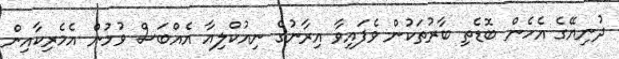
ދުނިޔޭގެ އެހެން ބޮޑެތި ބާރުތަކުން ވެފައިވާ އިރާނުގެ ނިއުކްލިއާ އެއްބަސް ވުމުން އެމެރިކާއިން